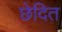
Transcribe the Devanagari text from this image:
छेदित